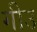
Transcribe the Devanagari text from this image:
गीउ